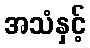
အသံနှင့်